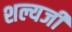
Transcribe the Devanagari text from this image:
शल्यजी